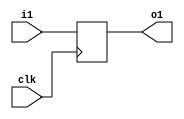
module FLP_IS_TNEF(i1,clk, o1);
   input i1;
   input clk;
   output reg o1;
   always@(negedge clk) begin
      o1 = i1;
   end
endmodule